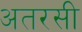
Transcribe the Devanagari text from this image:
अतरसी